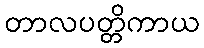
တာလပတ္တိကာယ